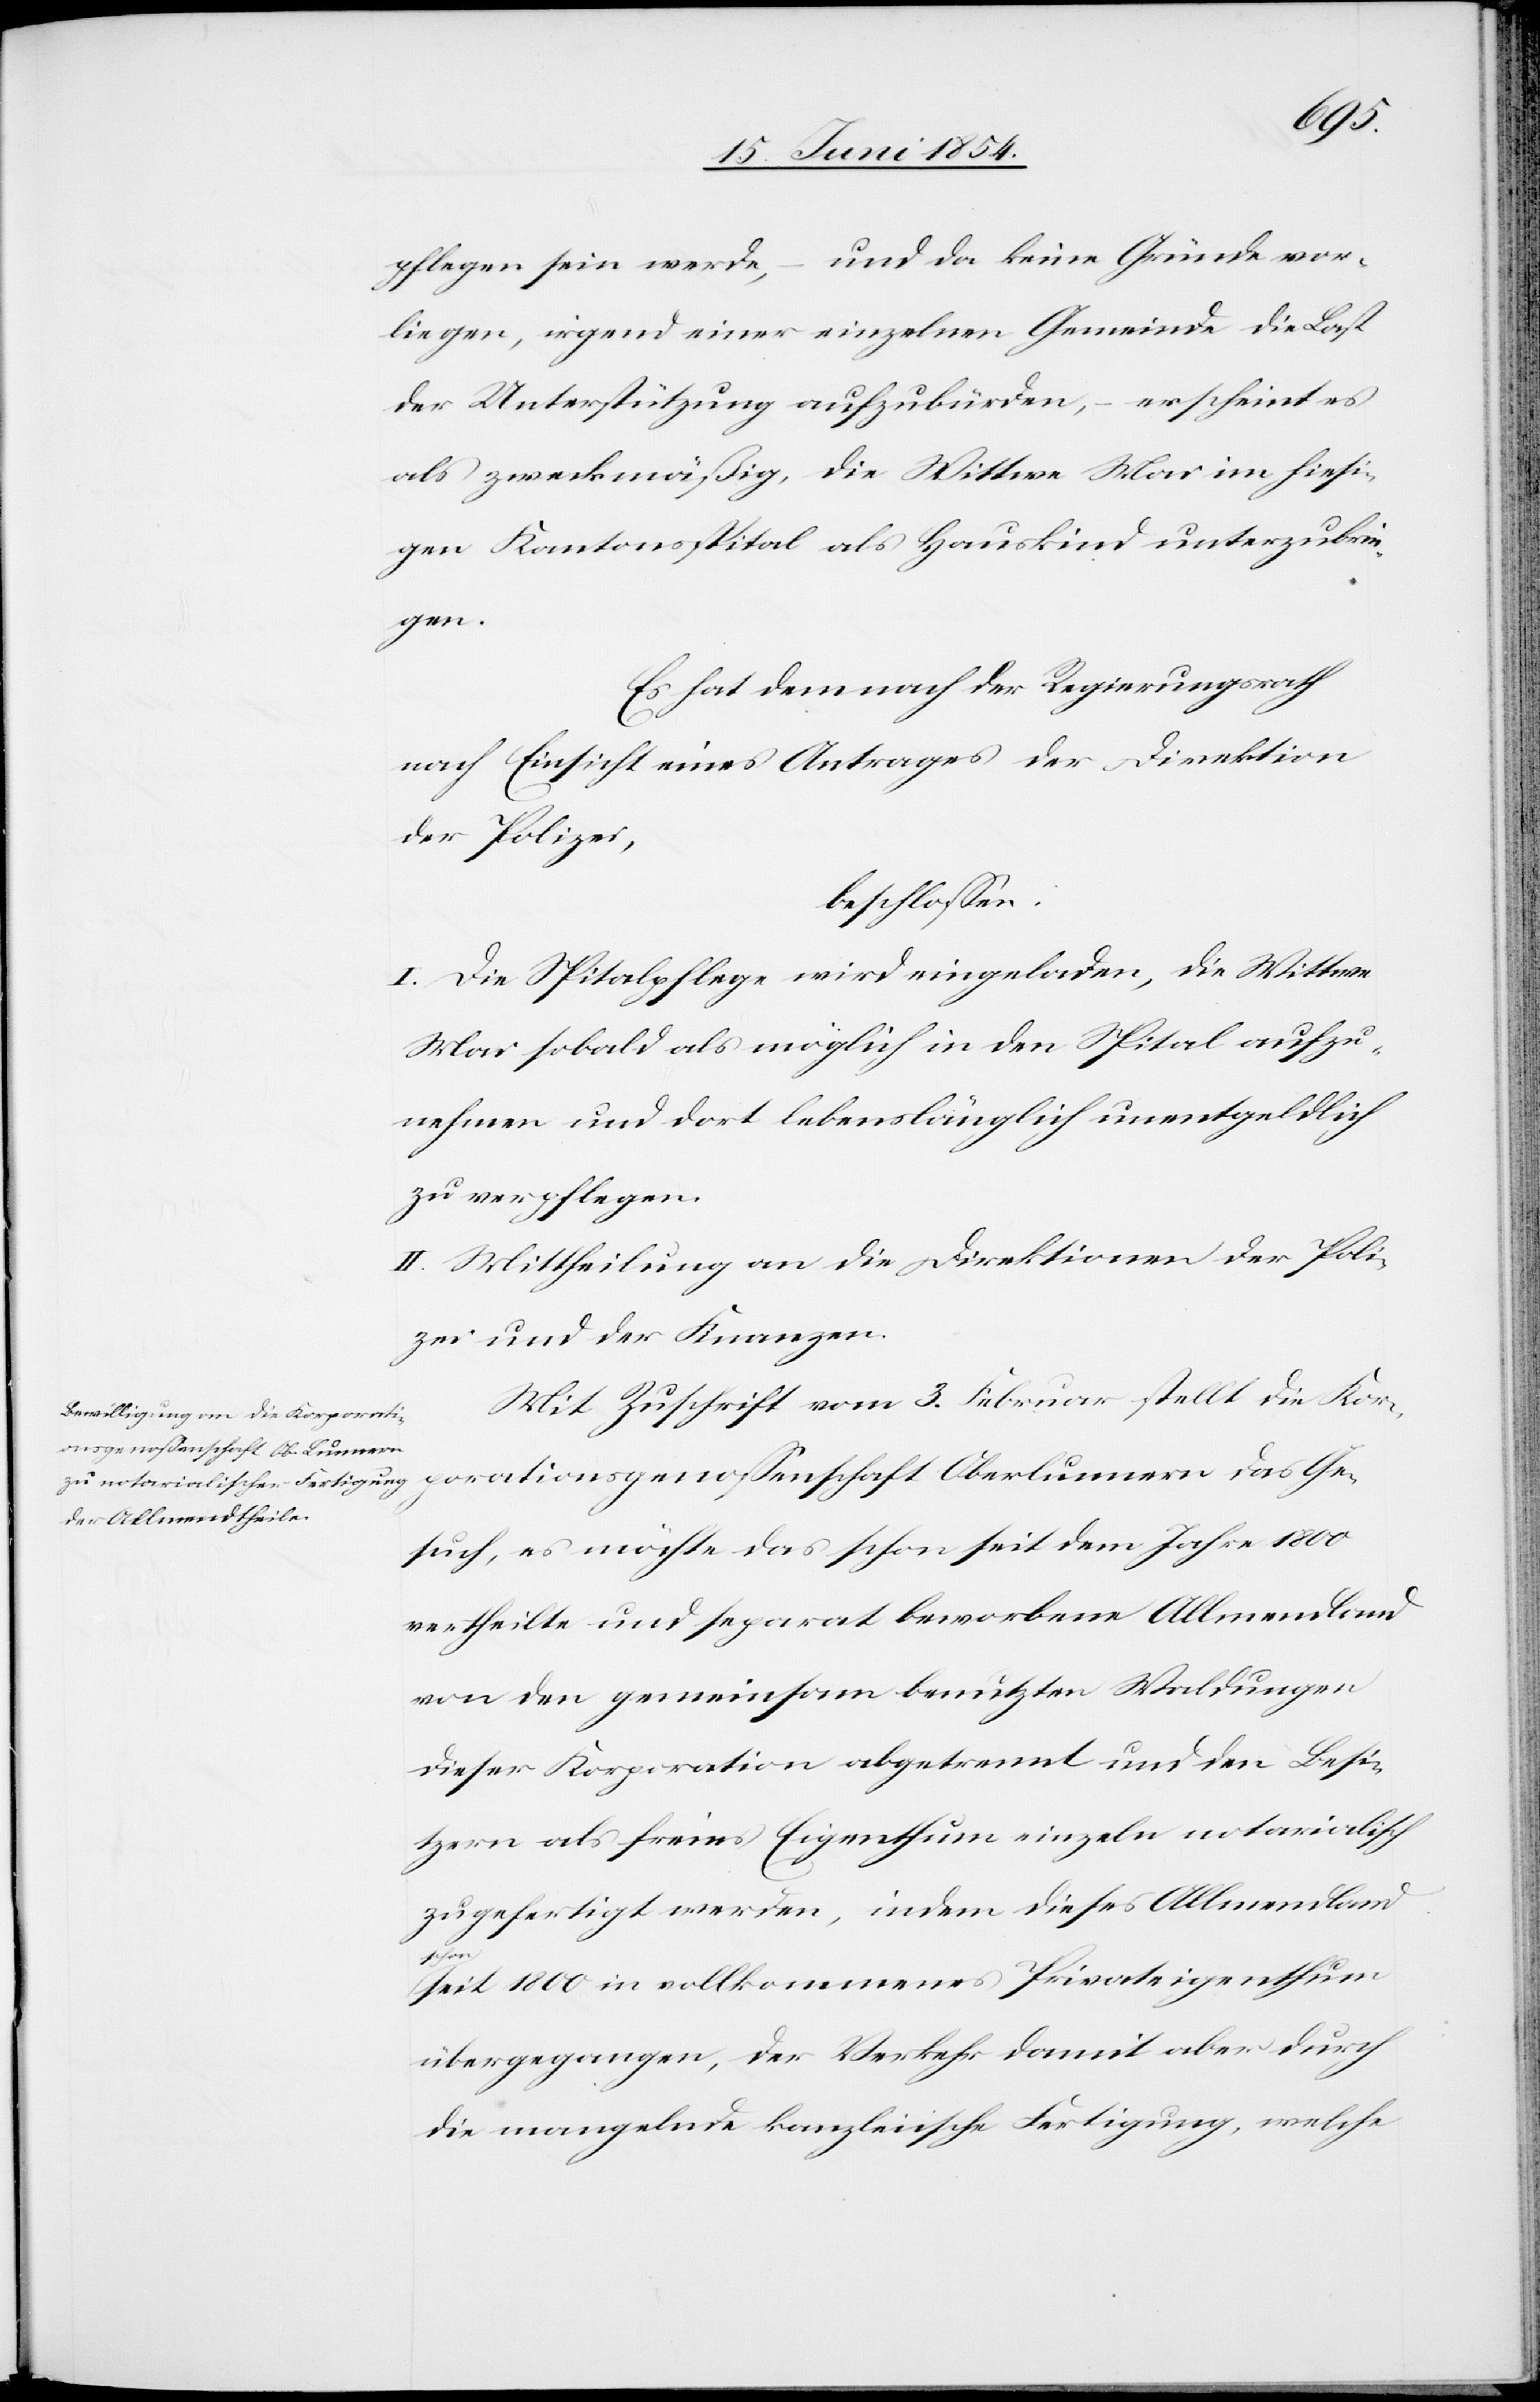
pflegen sein werde, – und da keine Gründe vor¬
liegen, irgend einer einzelnen Gemeinde die Last
der Unterstützung aufzubürden, – erscheint es
als zweckmäßig, die Wittwe Mai im hiesi¬
gen Kantonsspital als Hauskind unterzubrin¬
gen.
Es hat demnach der Regierungsrath
nach Einsicht eines Antrages der Direktion
der Polizei,
beschloßen:
I. Die Spitalpflege wird eingeladen, die Wittwe
Mai sobald als möglich in den Spital aufzu¬
nehmen und dort lebenslänglich unentgeldlich
zu verpflegen.
II. Mittheilung an die Direktionen der Poli¬
zei und der Finanzen.
Mit Zuschrift vom 3. Februar stellt die Kor¬
porationsgenoßenschaft Oberlunnern da Ge¬
such, es möchte das schon seit dem Jahre 1800
vertheilte und separat beworbene Allmendland
von den gemeinsam benutzten Waldungen
dieser Korporation getrennt und den Besi¬
tzern als freies Eigenthum einzeln notarialisch
zugefertigt werden, indem dieses Allmendland
seit 1800 in vollkommenes Privateigenthum
übergegangen, der Verkehr damit aber durch
die mangelnde kanzleiische Fertigung, welche